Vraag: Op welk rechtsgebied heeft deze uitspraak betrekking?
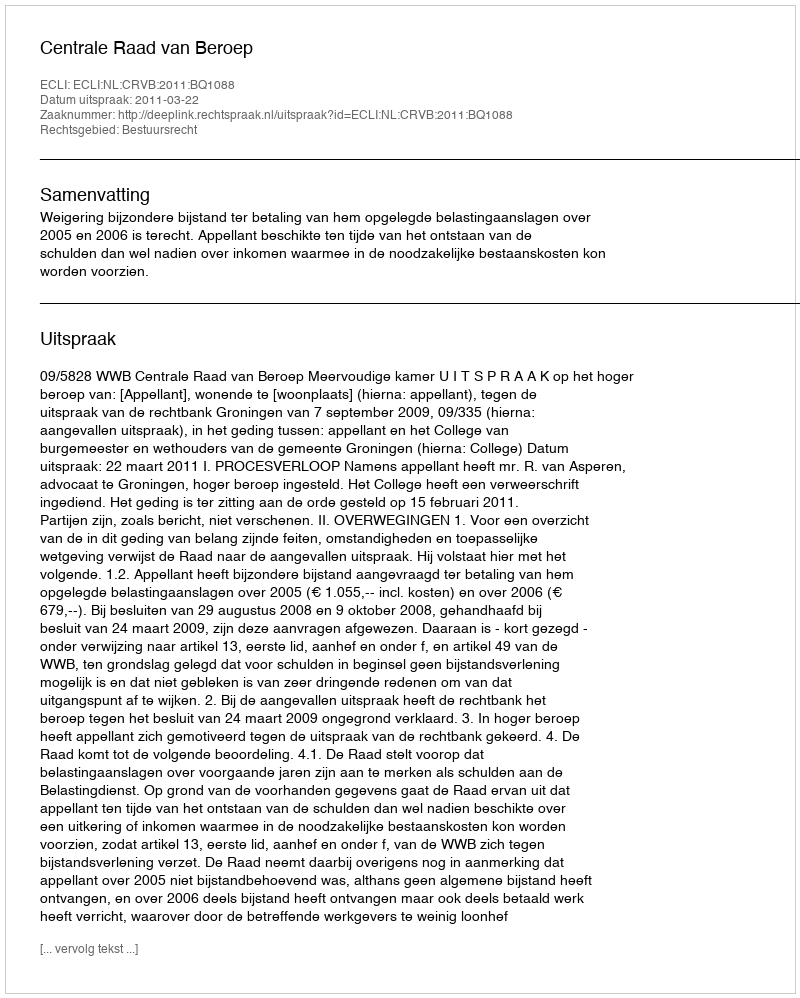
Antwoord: Bestuursrecht